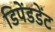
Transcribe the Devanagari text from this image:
डिपेंडडेंट